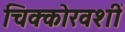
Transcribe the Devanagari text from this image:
चिक्कोरवशीं